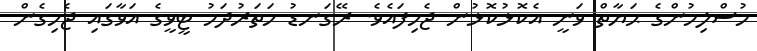
މުސްލިމުންގެ ޙަޔާތް ވަނީ އެކޮޅުކޮޅުން ޖެހިފައެވެ. ރޭގަނޑު ހަތަރުދަމު ޓީވީގެ އަވާގައި ޖެހިގެން